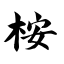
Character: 桉